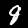
Label: 8